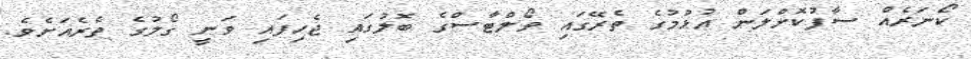
ކޯނަރެއް ސާފުކޮށްލަން އުޅުމުގެ ތެރޭގައި ވޯލްޓާސްގެ ބޮލުގައި ޖެހިފައި ވަނީ ގޯލުގެ ތެރެއަށެވެ.